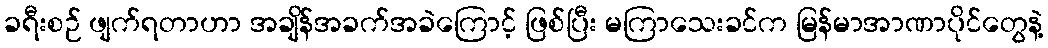
ခရီးစဉ် ဖျက်ရတာဟာ အချိန်အခက်အခဲကြောင့် ဖြစ်ပြီး မကြာသေးခင်က မြန်မာအာဏာပိုင်တွေနဲ့